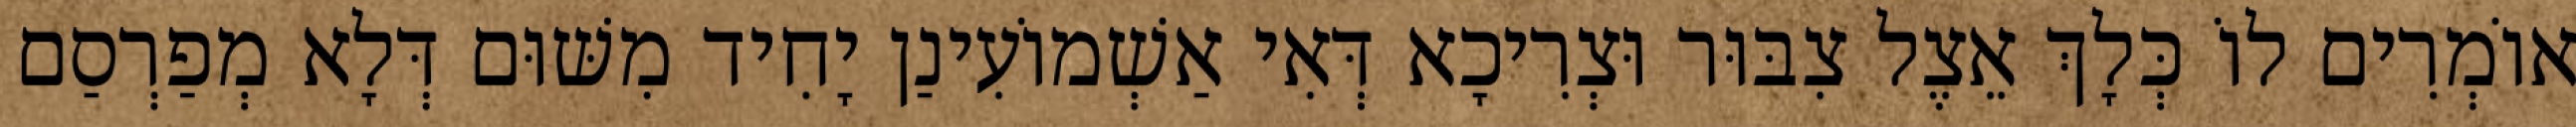
אוֹמְרִים לוֹ כְּלָךְ אֵצֶל צִבּוּר וּצְרִיכָא דְּאִי אַשְׁמוֹעִינַן יָחִיד מִשּׁוּם דְּלָא מְפַרְסַם